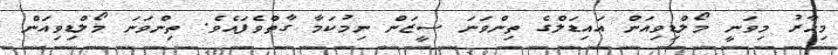
މިހާރު މިވަނީ މޯލްޑިވިއަން އައިޑަލްގެ ތިންވަނަ ސީޒަން ނިމުކަމާ ގާތްވެފައެވެ. ތިންވަނަ މޯލްޑިވިއަން